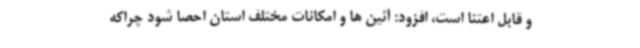
و قابل اعتنا است، افزود: آئین ها و امکانات مختلف استان احصا شود چراکه